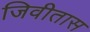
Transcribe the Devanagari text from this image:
जिवीतास